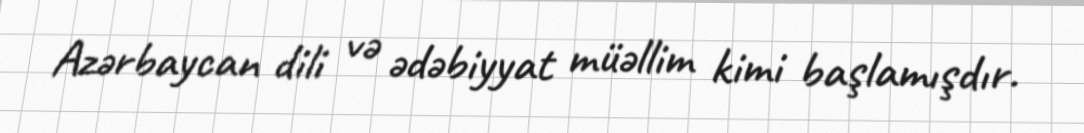
Azərbaycan dili və ədəbiyyat müəllim kimi başlamışdır.